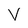
Character: V